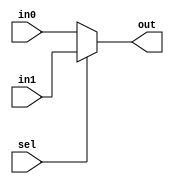
// This program was cloned from: https://github.com/tongplw/HW-Syn-Lab
// License: MIT License

`timescale 1ns / 1ps
//-------------------------------------------------------
// Title        : MUX.
// Library      : nanoLADA
// Purpose      : Computer Architecture
// Developers   : Krerk Piromsopa, Ph. D.
//              : Chulalongkorn University.
module mux2_1(out,in0,in1,sel);
parameter WIDTH=32;
output	[WIDTH-1:0]	out;
input	[WIDTH-1:0]	in0;
input	[WIDTH-1:0]	in1;
input				sel;

assign out=sel?in1:in0;

endmodule